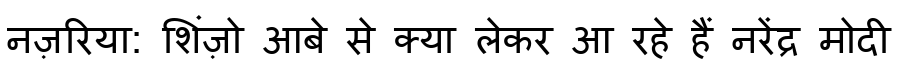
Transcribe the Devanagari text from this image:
नज़रिया: शिंज़ो आबे से क्या लेकर आ रहे हैं नरेंद्र मोदी